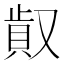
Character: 𠭸